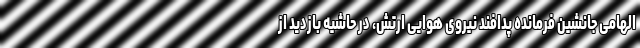
الهامی جانشین فرمانده پدافند نیروی هوایی ارتش، در حاشیه بازدید از